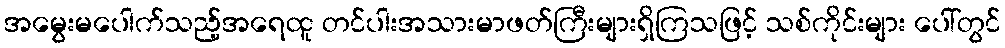
အမွေးမပေါက်သည့်အရေထူ တင်ပါးအသားမာဖတ်ကြီးများရှိကြသဖြင့် သစ်ကိုင်းများ ပေါ်တွင်